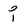
Character: i